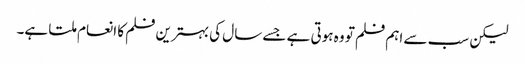
لیکن سب سے اہم فلم تو وہ ہوتی ہے جسے سال کی بہترین فلم کا انعام ملتا ہے۔